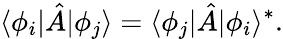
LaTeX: \langle\phi_{i}|{\hat{A}}|\phi_{j}\rangle=\langle\phi_{j}|{\hat{A}}|\phi_{i}\rangle^{*}.